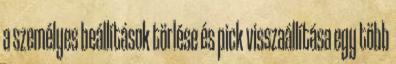
a személyes beállítások törlése és pick visszaállítása egy több